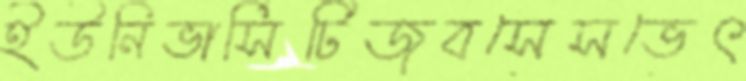
ইউনিভার্সিটিজবসেসভেৎ